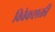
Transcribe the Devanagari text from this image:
विवेकशक्ती